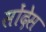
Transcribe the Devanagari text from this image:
सोंदेस